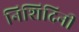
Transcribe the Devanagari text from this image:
निशिदिनी